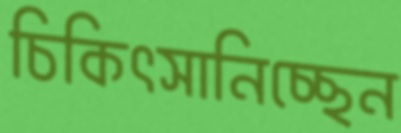
চিকিৎসানিচ্ছেন